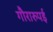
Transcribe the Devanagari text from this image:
गौरारुपई